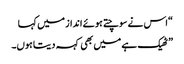
“اس نے سوچتے ہوئے انداز میں کہا
” ٹھیک ہے میں بھی کہہ دیتا ہوں۔